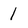
Character: 1